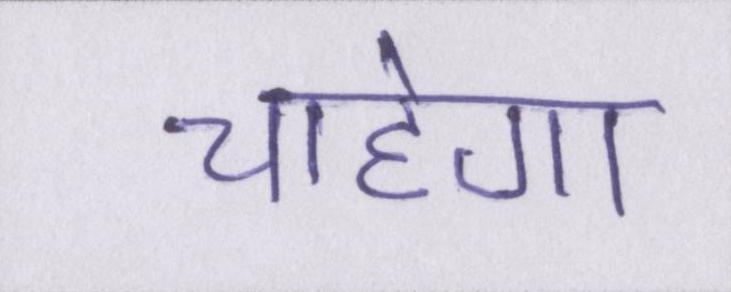
चाहेगा